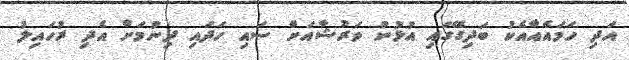
އަދި ހަމައެއާއެކު ބަދިގޭގައި އުޅުނު ވަރުޝާއަށް ސައި ހަދައި ދިނުމަށް އެދި ރުހައިލު